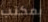
بمكتب